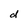
Character: d